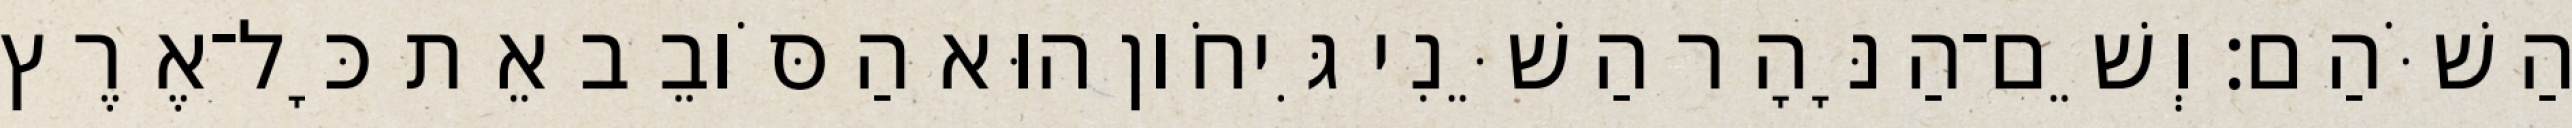
הַשֹּׁהַם׃ וְשֵׁם־הַנָּהָר הַשֵּׁנִי גִּיחֹון הוּא הַסֹּובֵב אֵת כָּל־אֶרֶץ